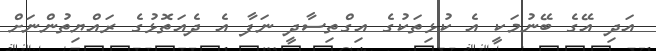
އަދި އޭގެ ބޭނުމަކީ އެ ކުޅިތަކުގެ އިގްތިސާދީ ނަފާ އެ ދެއަތޮޅުގެ ރައްޔިތުންނަށް